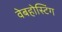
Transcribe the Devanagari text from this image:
वेबहोस्टिंग